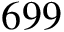
6 9 9